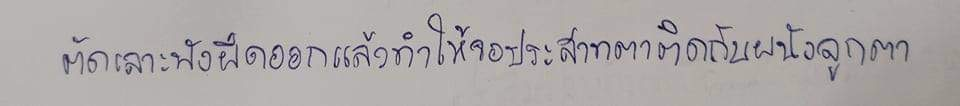
ตัดเลาะพังผืดออกแล้วทำให้จอประสาทตาติดกับผนังลูกตา